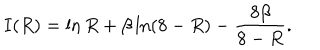
I ( R ) = \ln R + \beta \ln ( 8 - R ) - \frac { 8 \beta } { 8 - R } .